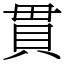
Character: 貫